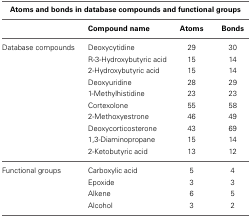
<table><thead><tr><td colspan="4"><b>Atoms and bonds in database compounds and functional groups</b></td></tr></thead><tbody><tr><td></td><td><b>Compound name</b></td><td><b>Atoms</b></td><td><b>Bonds</b></td></tr><tr><td>Database compounds</td><td>Deoxycytidine</td><td>29</td><td>30</td></tr><tr><td></td><td>R-3-Hydroxybutyric acid</td><td>15</td><td>14</td></tr><tr><td></td><td>2-Hydroxybutyric acid</td><td>15</td><td>14</td></tr><tr><td></td><td>Deoxyuridine</td><td>28</td><td>29</td></tr><tr><td></td><td>1-Methylhistidine</td><td>23</td><td>23</td></tr><tr><td></td><td>Cortexolone</td><td>55</td><td>58</td></tr><tr><td></td><td>2-Methoxyestrone</td><td>46</td><td>49</td></tr><tr><td></td><td>Deoxycorticosterone</td><td>43</td><td>69</td></tr><tr><td></td><td>1,3-Diaminopropane</td><td>15</td><td>14</td></tr><tr><td></td><td>2-Ketobutyric acid</td><td>13</td><td>12</td></tr><tr><td>Functional groups</td><td>Carboxylic acid</td><td>5</td><td>4</td></tr><tr><td></td><td>Epoxide</td><td>3</td><td>3</td></tr><tr><td></td><td>Alkene</td><td>6</td><td>5</td></tr><tr><td></td><td>Alcohol</td><td>3</td><td>2</td></tr></tbody></table>